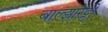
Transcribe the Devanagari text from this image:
बाल्झारेट्टी